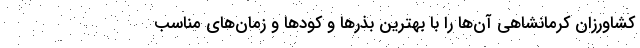
کشاورزان کرمانشاهی آن‌ها را با بهترین بذر‌ها و کود‌ها و زمان‌های مناسب